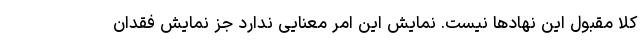
کلاً مقبول این نهادها نیست. نمایش این امر معنایی ندارد جز نمایش فقدان